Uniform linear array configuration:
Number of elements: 48
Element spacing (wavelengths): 1
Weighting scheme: kaiser
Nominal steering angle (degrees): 60
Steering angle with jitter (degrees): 60.779
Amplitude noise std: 0.05
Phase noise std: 0.05

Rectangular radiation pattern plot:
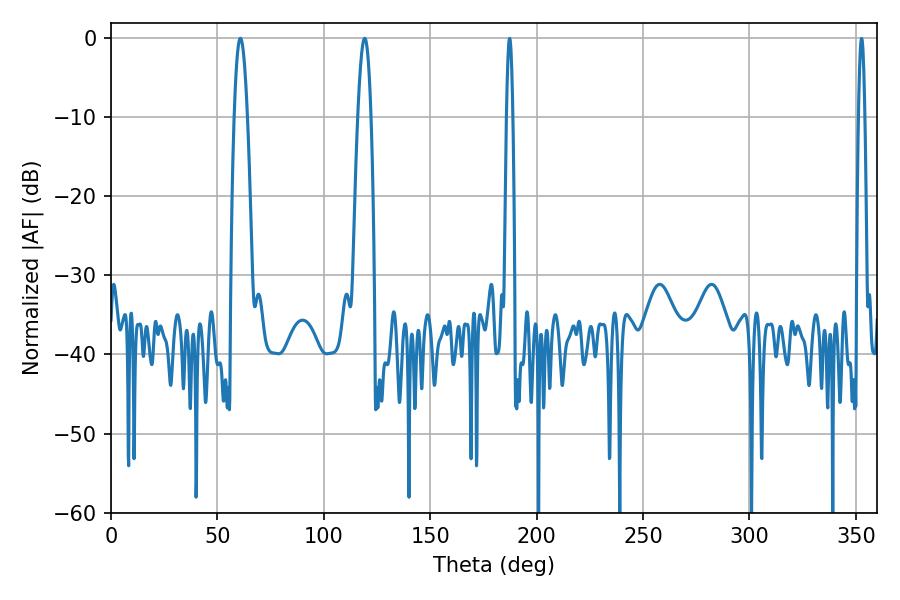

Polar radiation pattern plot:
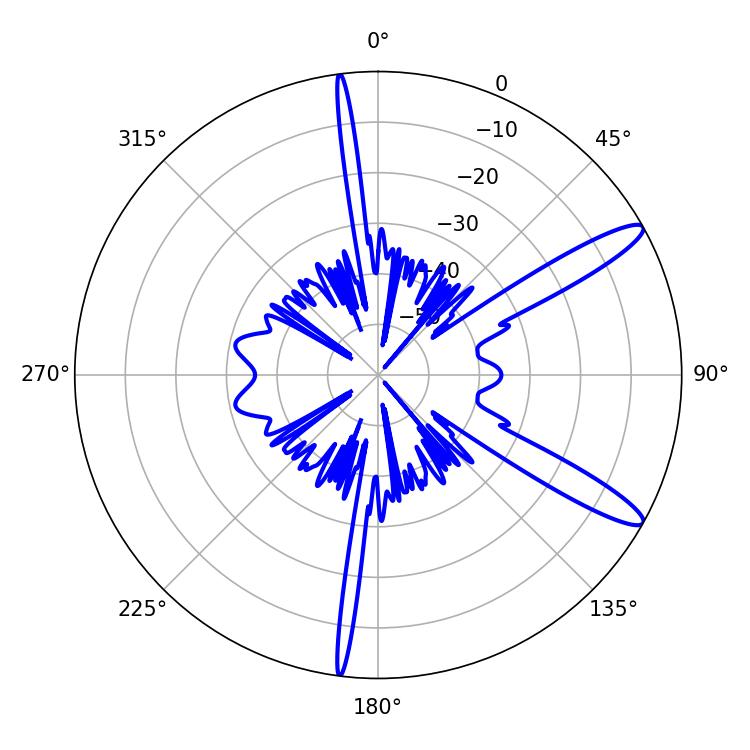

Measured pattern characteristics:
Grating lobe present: TRUE
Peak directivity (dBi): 12.798
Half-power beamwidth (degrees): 3.24
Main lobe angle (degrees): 119.16